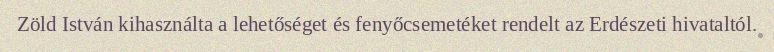
Zöld István kihasználta a lehetőséget és fenyőcsemetéket rendelt az Erdészeti hivataltól.